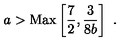
{ { a } } > \mathrm { M a x } \left[ { \frac { 7 } { 2 } } , { \frac { 3 } { 8 { { b } } } } \right] \ .